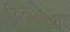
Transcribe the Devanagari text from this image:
विनाशाची